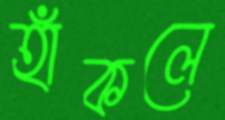
হাঁকলে